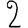
Digit: 2